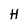
Character: H